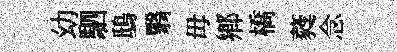
幼駟鴟翳毋鄕橋蕤念